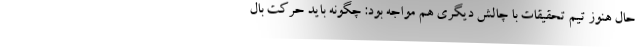
حال هنوز تیم تحقیقات با چالش دیگری هم مواجه بود: چگونه باید حرکت بال